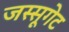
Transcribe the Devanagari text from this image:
जस्सूगेट